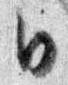
日